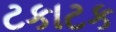
ટકાટક